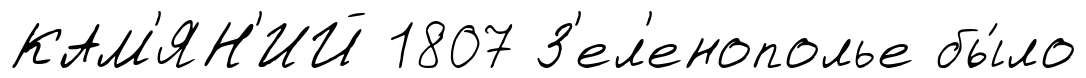
КАМ'ЯН'ИЙ 1807 З'ел'енополье бы́ло